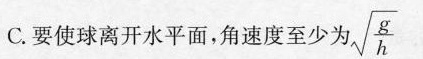
C.要使球离开水平面，角速度至少为 \sqrt{\frac{g}{h}}